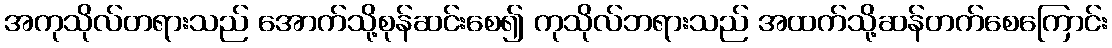
အကုသိုလ်တရားသည် အောက်သို့စုန်ဆင်းစေ၍ ကုသိုလ်ဘရားသည် အထက်သို့ဆန်တက်စေကြောင်း